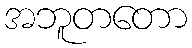
အဘူတတော